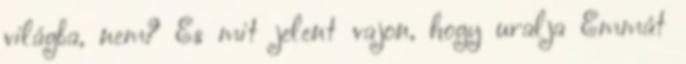
világba, nem? És mit jelent vajon, hogy uralja Emmát